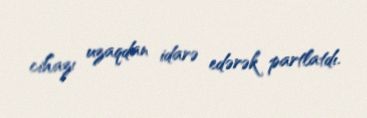
cihazı uzaqdan idarə edərək partlatdı.